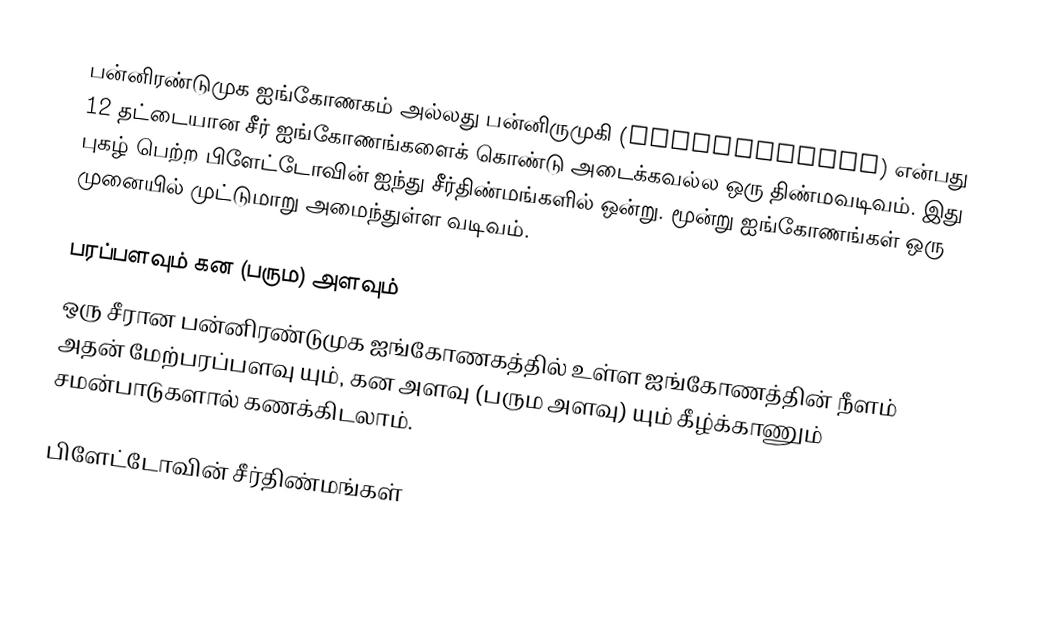
பன்னிரண்டுமுக ஐங்கோணகம் அல்லது பன்னிருமுகி (Dodecahedron) என்பது 12 தட்டையான சீர் ஐங்கோணங்களைக் கொண்டு அடைக்கவல்ல ஒரு திண்மவடிவம். இது புகழ் பெற்ற பிளேட்டோவின் ஐந்து சீர்திண்மங்களில் ஒன்று. மூன்று ஐங்கோணங்கள் ஒரு முனையில் முட்டுமாறு அமைந்துள்ள வடிவம்.

பரப்பளவும் கன (பரும) அளவும்
ஒரு சீரான பன்னிரண்டுமுக ஐங்கோணகத்தில் உள்ள ஐங்கோணத்தின் நீளம்  அதன் மேற்பரப்பளவு  யும், கன அளவு (பரும அளவு)  யும் கீழ்க்காணும் சமன்பாடுகளால் கணக்கிடலாம்.

பிளேட்டோவின் சீர்திண்மங்கள்